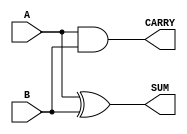
module half_adder #(
    parameter WIDTH = 1  // Bit width of the inputs, default is 1
) (
    input [WIDTH-1:0] A,  // Input A
    input [WIDTH-1:0] B,  // Input B
    output [WIDTH-1:0] SUM, // Output SUM
    output CARRY           // Output CARRY
);

    // Sum is calculated using bitwise XOR operation
    assign SUM = A ^ B;

    // Carry is calculated using bitwise AND operation
    assign CARRY = A & B;

endmodule